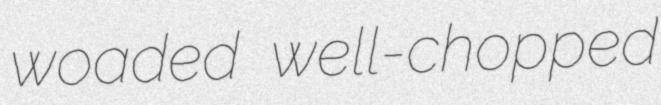
woaded well-chopped